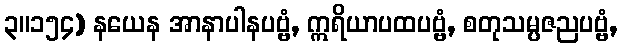
၃။၁၅၄) နယေန အာနာပါနပဗ္ဗံ, ဣရိယာပထပဗ္ဗံ, စတုသမ္ပဇညပဗ္ဗံ,